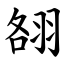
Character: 䎊